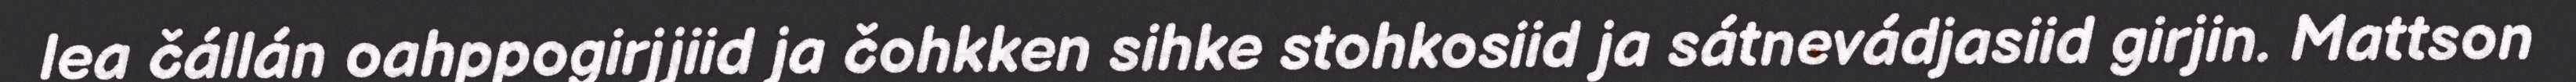
lea čállán oahppogirjjiid ja čohkken sihke stohkosiid ja sátnevádjasiid girjin. Mattson